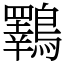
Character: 鸅